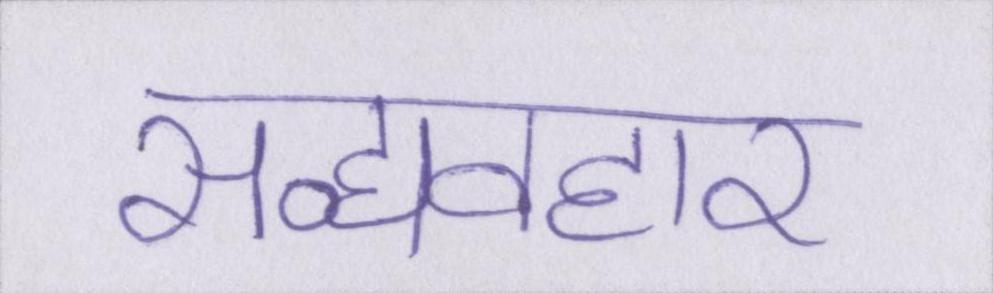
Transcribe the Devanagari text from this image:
सद्व्यवहार